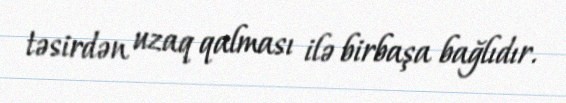
təsirdən uzaq qalması ilə birbaşa bağlıdır.